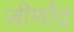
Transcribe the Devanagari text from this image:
जीर्णोद्र